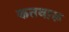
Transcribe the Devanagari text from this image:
कतवारू